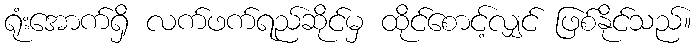
ရုံးအောက်ရှိ လက်ဖက်ရည်ဆိုင်မှ ထိုင်စောင့်လျှင် ဖြစ်နိုင်သည်။